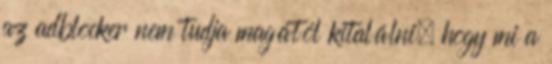
az adblocker nem tudja magától kitalálni, hogy mi a